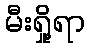
မီးရှို့ရာ